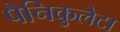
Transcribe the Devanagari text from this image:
पैनिकुलेटा